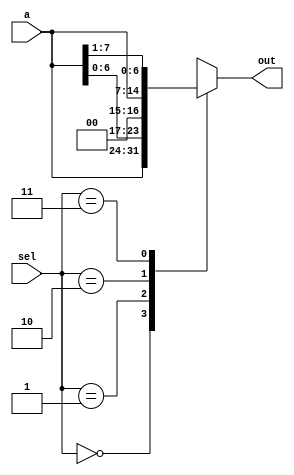
module shifter(a,sel,out);
	input [7:0] a;
	input [1:0] sel;
	output reg [7:0] out;
	
	initial
		begin
		out = 0;
		end
	
	always@(*)
	begin
		case(sel)
		2'b00:out = a;
		2'b01:out = a << 1;
		2'b10:out = a >> 1;
		2'b11:out = {a[0],a[7:1]};
		default: out = a;
	endcase
	end
		
endmodule